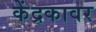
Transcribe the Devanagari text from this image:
केंद्रकावर